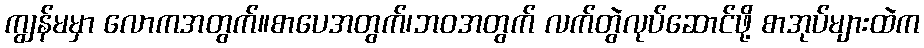
ကျွန်မမှာ လောကအတွက်။စာပေအတွက်၊ဘဝအတွက် လက်တွဲလုပ်ဆောင်ဖို့ စာအုပ်များထဲက